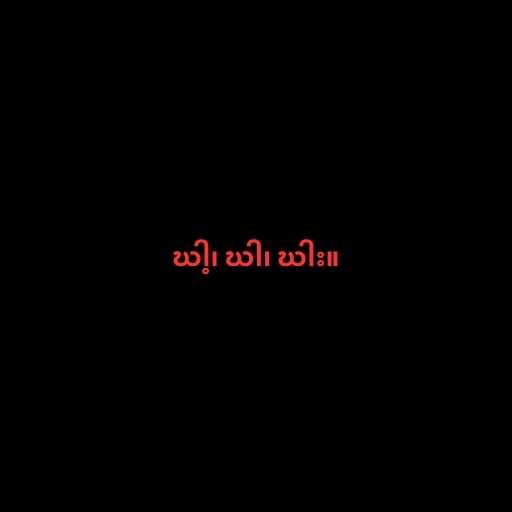
ဃါ့၊ ဃါ၊ ဃါး။